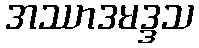
အဿာဒမဒ္ဒသ